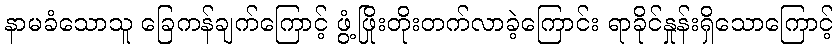
နာမခံသောသူ ခြေကန်ချက်ကြောင့် ဖွံ့ဖြိုးတိုးတက်လာခဲ့ကြောင်း ရာခိုင်နှုန်းရှိသောကြောင့်